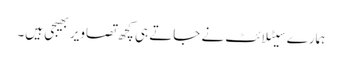
ہمارے سیٹلائٹ نے جاتے ہی کچھ تصاویر بھیجی ہیں۔